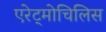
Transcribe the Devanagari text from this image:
एरेट्मोचिलिस